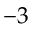
- 3